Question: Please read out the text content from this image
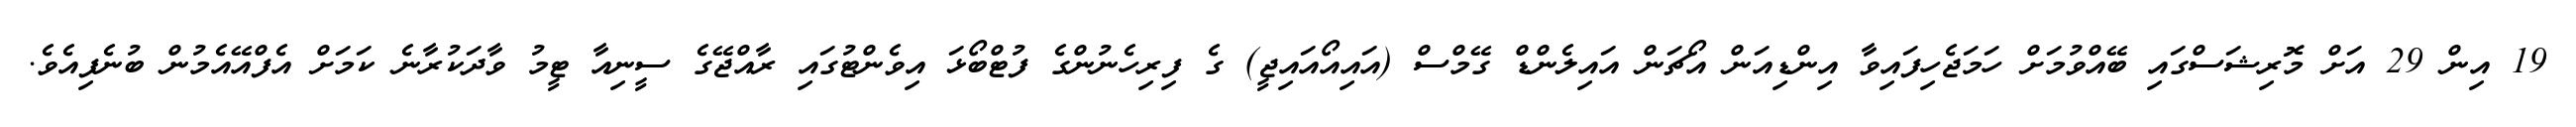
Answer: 19 އިން 29 އަށް މޮރިޝަސްގައި ބޭއްވުމަށް ހަމަޖެހިފައިވާ އިންޑިއަން އޯޗަން އައިލެންޑް ގޭމްސް (އައިއޯއައިޖީ) ގެ ފިރިހެނުންގެ ފުޓްބޯޅަ އިވެންޓުގައި ރާއްޖޭގެ ސީނިއާ ޓީމު ވާދަކުރާނެ ކަމަށް އެފްއޭއެމުން ބުނެފިއެވެ.